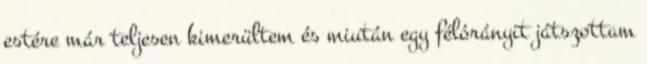
estére már teljesen kimerültem és miután egy félórányit játszottam